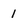
Character: I